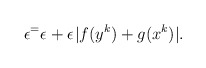
\begin{align*}\epsilon^ = \epsilon^{} + \epsilon^{}|f(y^k) + g(x^k)|.\end{align*}